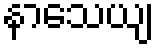
နာသေယျ